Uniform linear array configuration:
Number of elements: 64
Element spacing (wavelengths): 0.75
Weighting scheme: uniform
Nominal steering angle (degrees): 0
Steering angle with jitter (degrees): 1.675
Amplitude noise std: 0.05
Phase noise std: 0.05

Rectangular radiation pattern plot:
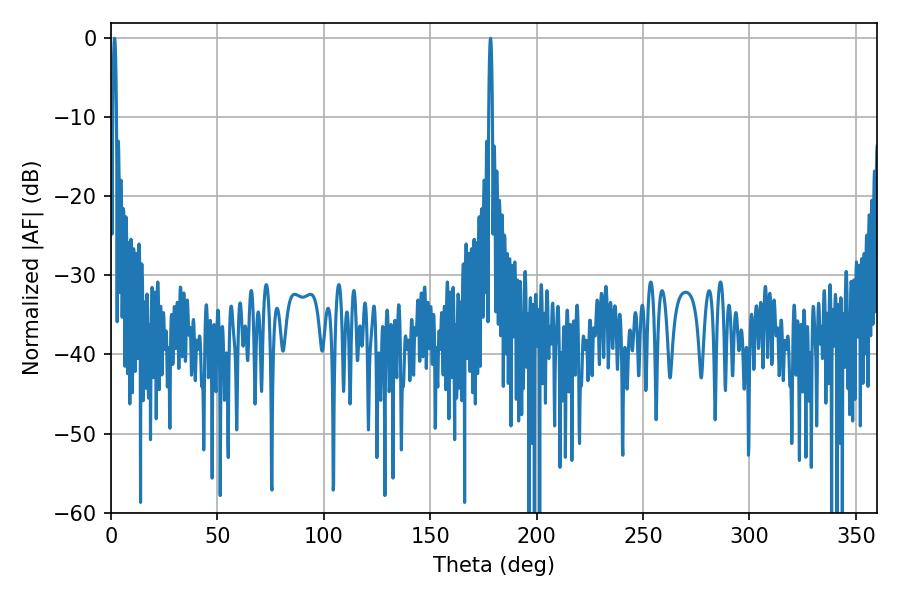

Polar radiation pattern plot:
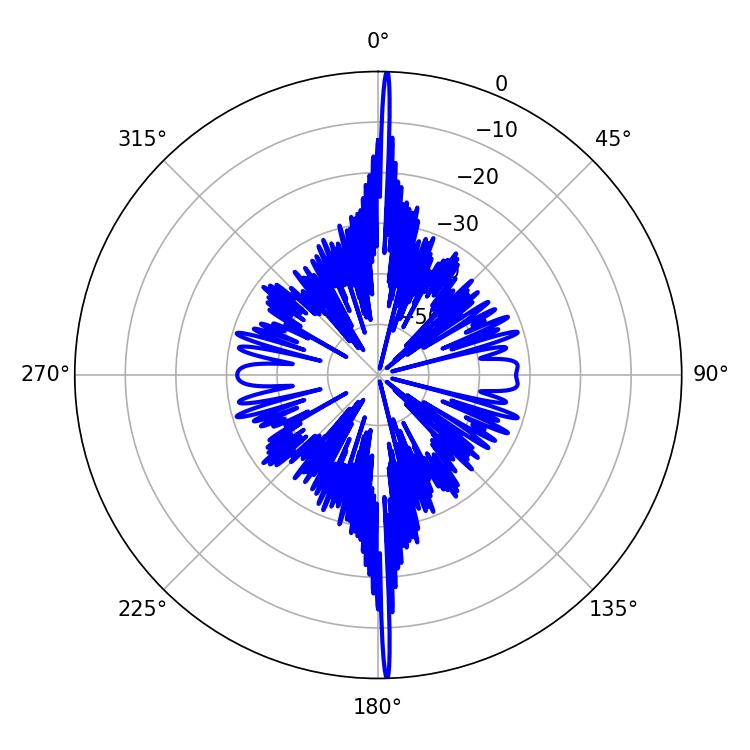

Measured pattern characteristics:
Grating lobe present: TRUE
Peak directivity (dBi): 32.159
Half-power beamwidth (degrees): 0.9
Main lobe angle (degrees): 178.38